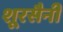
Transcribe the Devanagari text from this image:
शूरसैनी